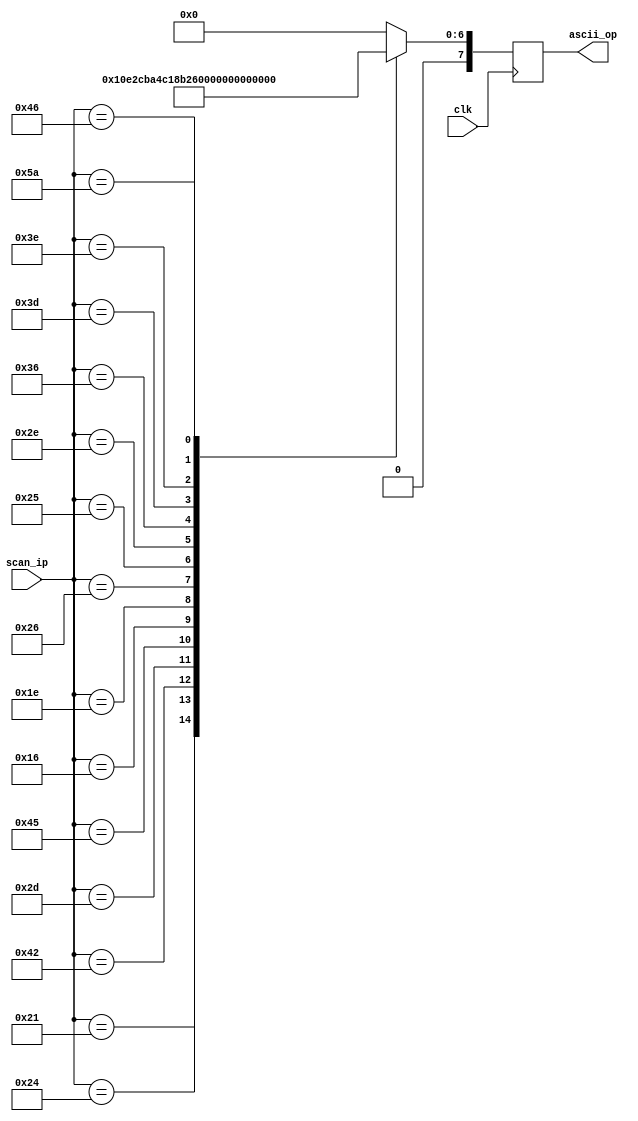
module scan_to_ASCII(	clk,
								scan_ip,
								ascii_op		
							);
input clk;
input [7:0] scan_ip;
output reg [7:0] ascii_op;
parameter [7:0]	C 		= 8'H21,
						E 		= 8'H24,
						K 		= 8'H42,
						R 		= 8'H2D,
						ZERO 	= 8'H45,
						ONE 	= 8'H16,
						TWO 	= 8'H1E,
						THREE = 8'H26,
						FOUR 	= 8'H25,
						FIVE 	= 8'H2E,
						SIX 	= 8'H36,
						SEVEN = 8'H3D,
						EIGHT = 8'H3E,
						NINE 	= 8'H46,
						ENTER	= 8'h5A;
always @ (posedge clk)
begin
	case(scan_ip)
		C: ascii_op 		= 8'H43;
		E: ascii_op 		= 8'H45;
		K: ascii_op 		= 8'H4B;
		R: ascii_op 		= 8'H52;
		ZERO: ascii_op 	= 8'H30;
		ONE: ascii_op 		= 8'H31;
		TWO: ascii_op 		= 8'H32;
		THREE: ascii_op	= 8'H33;
		FOUR: ascii_op 	= 8'H34;
		FIVE: ascii_op 	= 8'H35;
		SIX: ascii_op 		= 8'H36;
		SEVEN: ascii_op	= 8'H37;
		EIGHT: ascii_op	= 8'H38;
		NINE: ascii_op 	= 8'H39;
		ENTER:ascii_op 	= 8'H13;
		default:ascii_op 	= 8'H00;
	endcase
end
endmodule